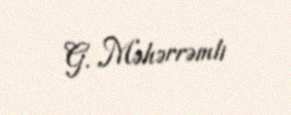
G. Məhərrəmli